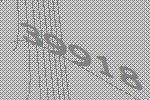
39918